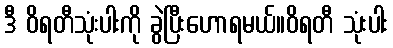
ဒီ ဝိရတီသုံးပါးကို ခွဲပြီးဟောရမယ်။ဝိရတီ သုံးပါး